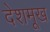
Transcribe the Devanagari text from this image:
देशमूख